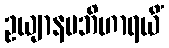
ဥယျာနမဘိဟာရယိံ